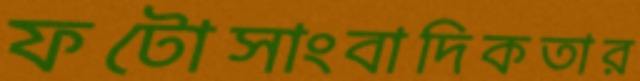
ফটোসাংবাদিকতার